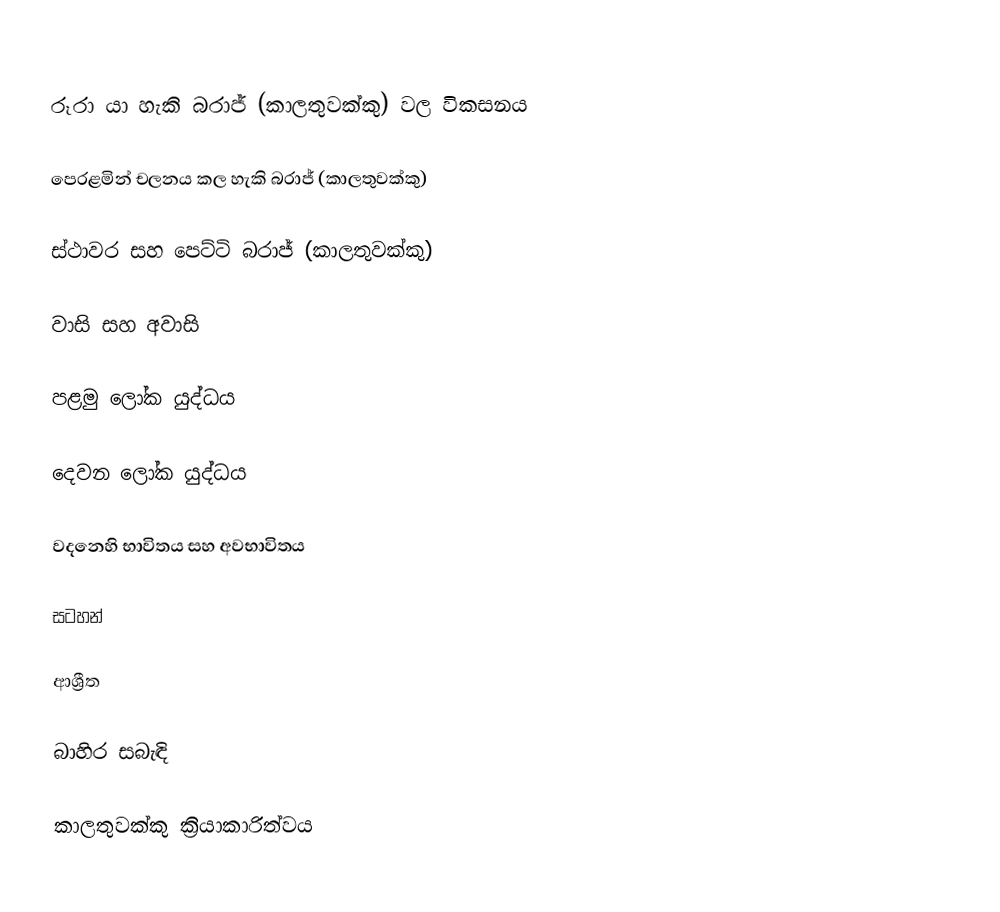

රූරා යා හැකි බරාජ් (කාලතුවක්කු) වල විකසනය

පෙරළමින් චලනය කල හැකි බරාජ් (කාලතුවක්කු)

ස්ථාවර සහ පෙට්ටි බරාජ් (කාලතුවක්කු)

වාසි සහ අවාසි

පළමු ලෝක යුද්ධය

දෙවන ලෝක යුද්ධය

වදනෙහි භාවිතය සහ අවභාවිතය

සටහන්

ආශ්‍රීත

බාහිර සබැඳි

කාලතුවක්කු ක්‍රියාකාරිත්වය